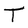
Character: T